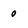
Character: 0